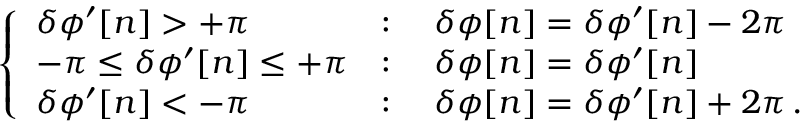
\left\{ \begin{array} { l l } { \delta \phi ^ { \prime } [ n ] > + \pi } & { : \quad \delta \phi [ n ] = \delta \phi ^ { \prime } [ n ] - 2 \pi } \\ { - \pi \leq \delta \phi ^ { \prime } [ n ] \leq + \pi } & { : \quad \delta \phi [ n ] = \delta \phi ^ { \prime } [ n ] } \\ { \delta \phi ^ { \prime } [ n ] < - \pi } & { : \quad \delta \phi [ n ] = \delta \phi ^ { \prime } [ n ] + 2 \pi \, . } \end{array} \right.